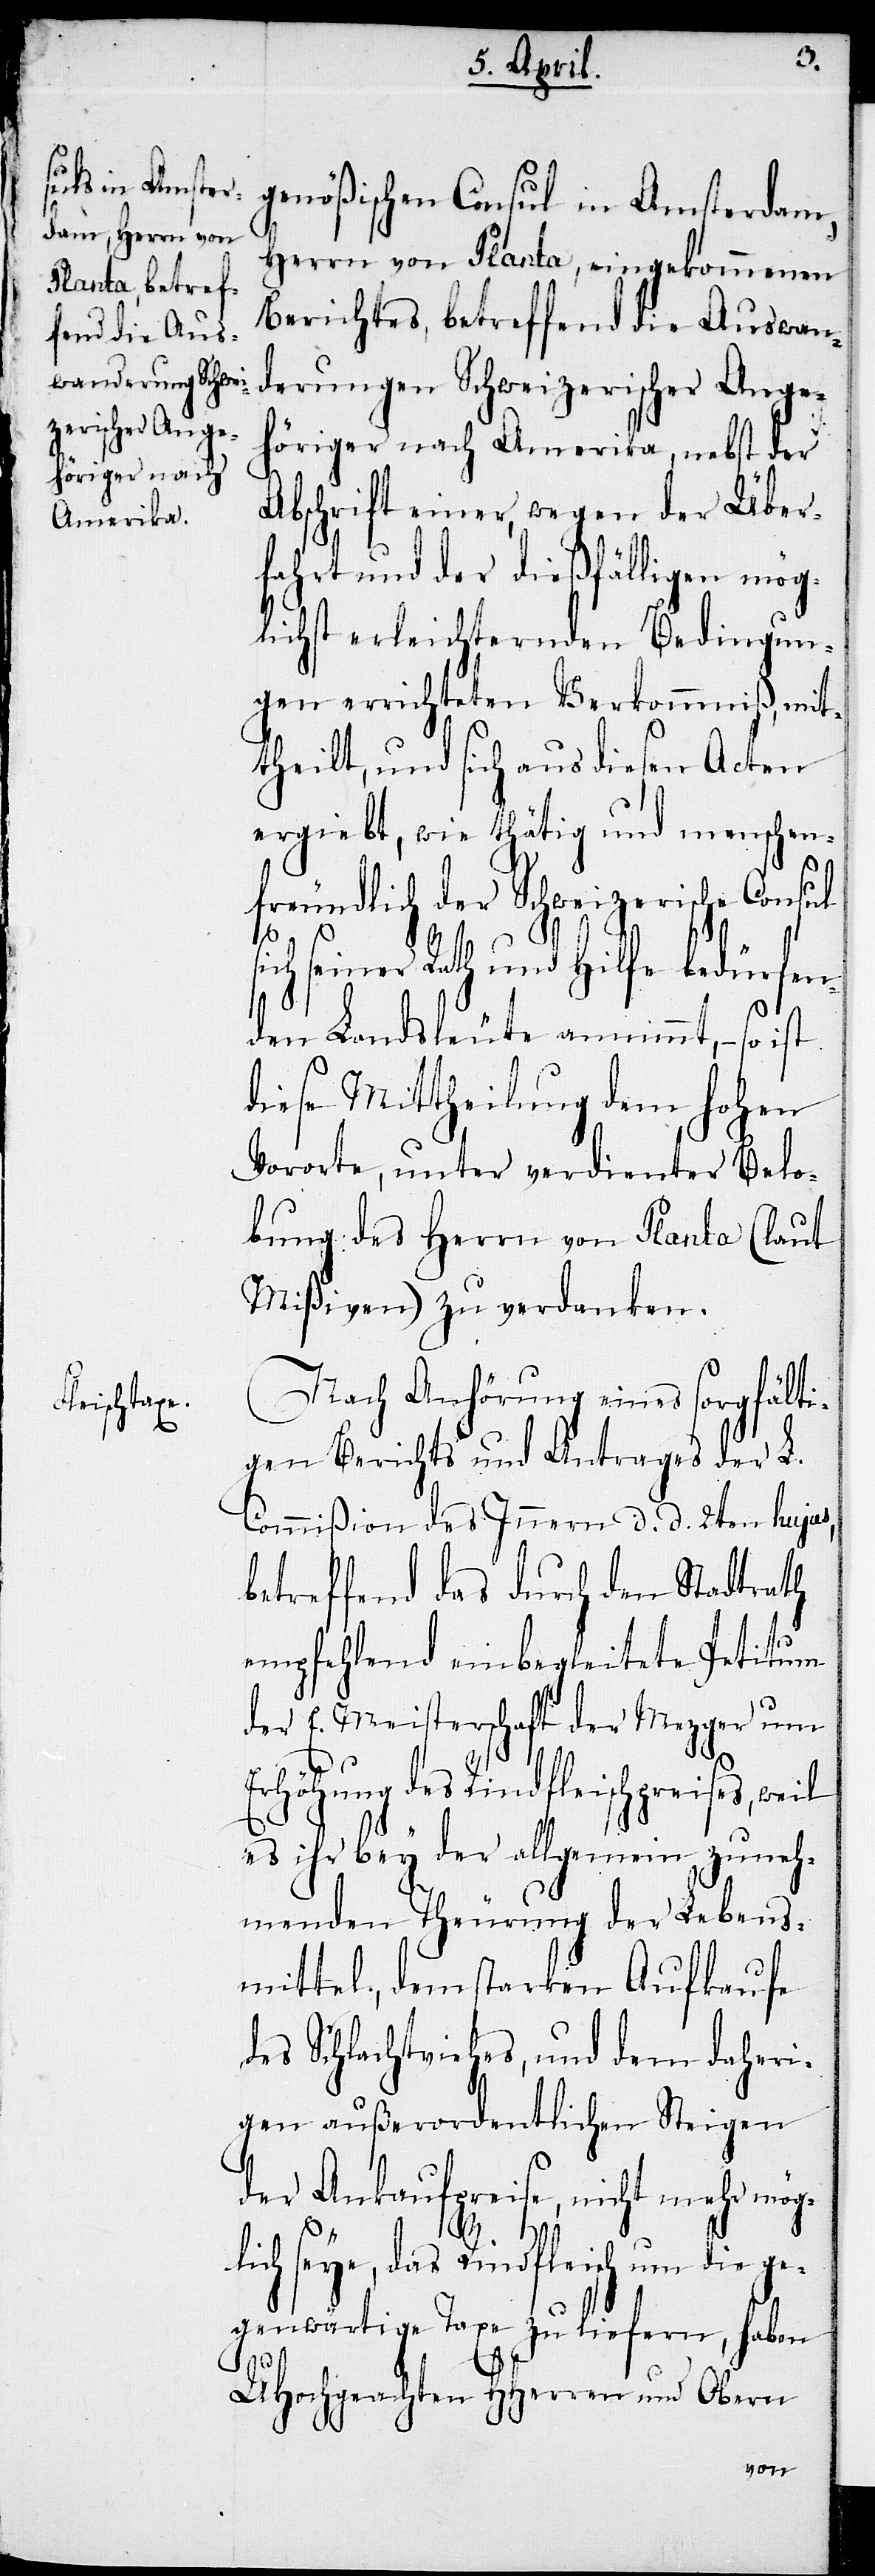
genößischen Consul in Amsterdam,
Herrn von Planta, eingekommenen
Berichtes, betreffend die Auswan¬
derungen Schweizerischer Ange¬
höriger nach Amerika, nebst der
Abschrift einer, wegen der Über¬
fahrt und der dießfälligen mög¬
lichst erleichternden Bedingun¬
gen errichteten Verkommniß, mit¬
theilt, und sich aus diesen Acten
ergiebt, wie thätig und menschen¬
freundlich der Schweizerische Consul
s¬
ich seiner Rath und Hilfe bedürfen¬
den Landsleute annimmt, – so ist
diese Mittheilung dem hohen
Vororte, unter verdienter Belo¬
bung des Herrn von Planta (laut
Mißiven) zu verdanken.
Nach Anhörung eines sorgfälti¬
gen Berichts und Antrages der L.
Commißion des Innern d. d. 2ten hujus,
betreffend das durch den Stadtrath
empfehlend einbegleitete Petitum
der E. Meisterschaft der Mezger um
Erhöhung des Rindfleischpreises, weil
es ihr bey der allgemein zuneh¬
menden Theurung der Lebens¬
mittel, dem starken Aufkaufe
des Schlachtviehes, und dem daheri¬
gen außerordentlichen Steigen
der Ankaufpreise, nicht mehr mög¬
lich seye, das Rindfleisch um die ge¬
genwärtige Taxe zu liefern, haben
UHochgeachten HHerren und Obern